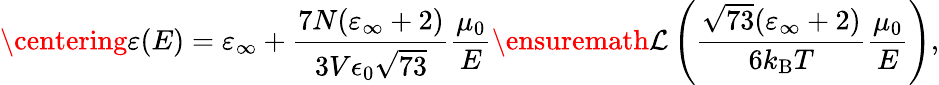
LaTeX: \centering\varepsilon(E)=\varepsilon_{\infty}+\frac{7N(\varepsilon_{\infty}+2)}{3V\epsilon_{0}\sqrt{73}}\frac{\mu_{0}}{E}\ensuremath{\mathcal{L}}\left(\frac{\sqrt{73}(\varepsilon_{\infty}+2)}{6k_{\mathrm{B}}T}\frac{\mu_{0}}{E}\right),